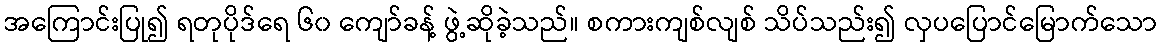
အကြောင်းပြု၍ ရတုပိုဒ်ရေ ၆၀ ကျော်ခန့် ဖွဲ့ဆိုခဲ့သည်။ စကားကျစ်လျစ် သိပ်သည်း၍ လှပပြောင်မြောက်သော